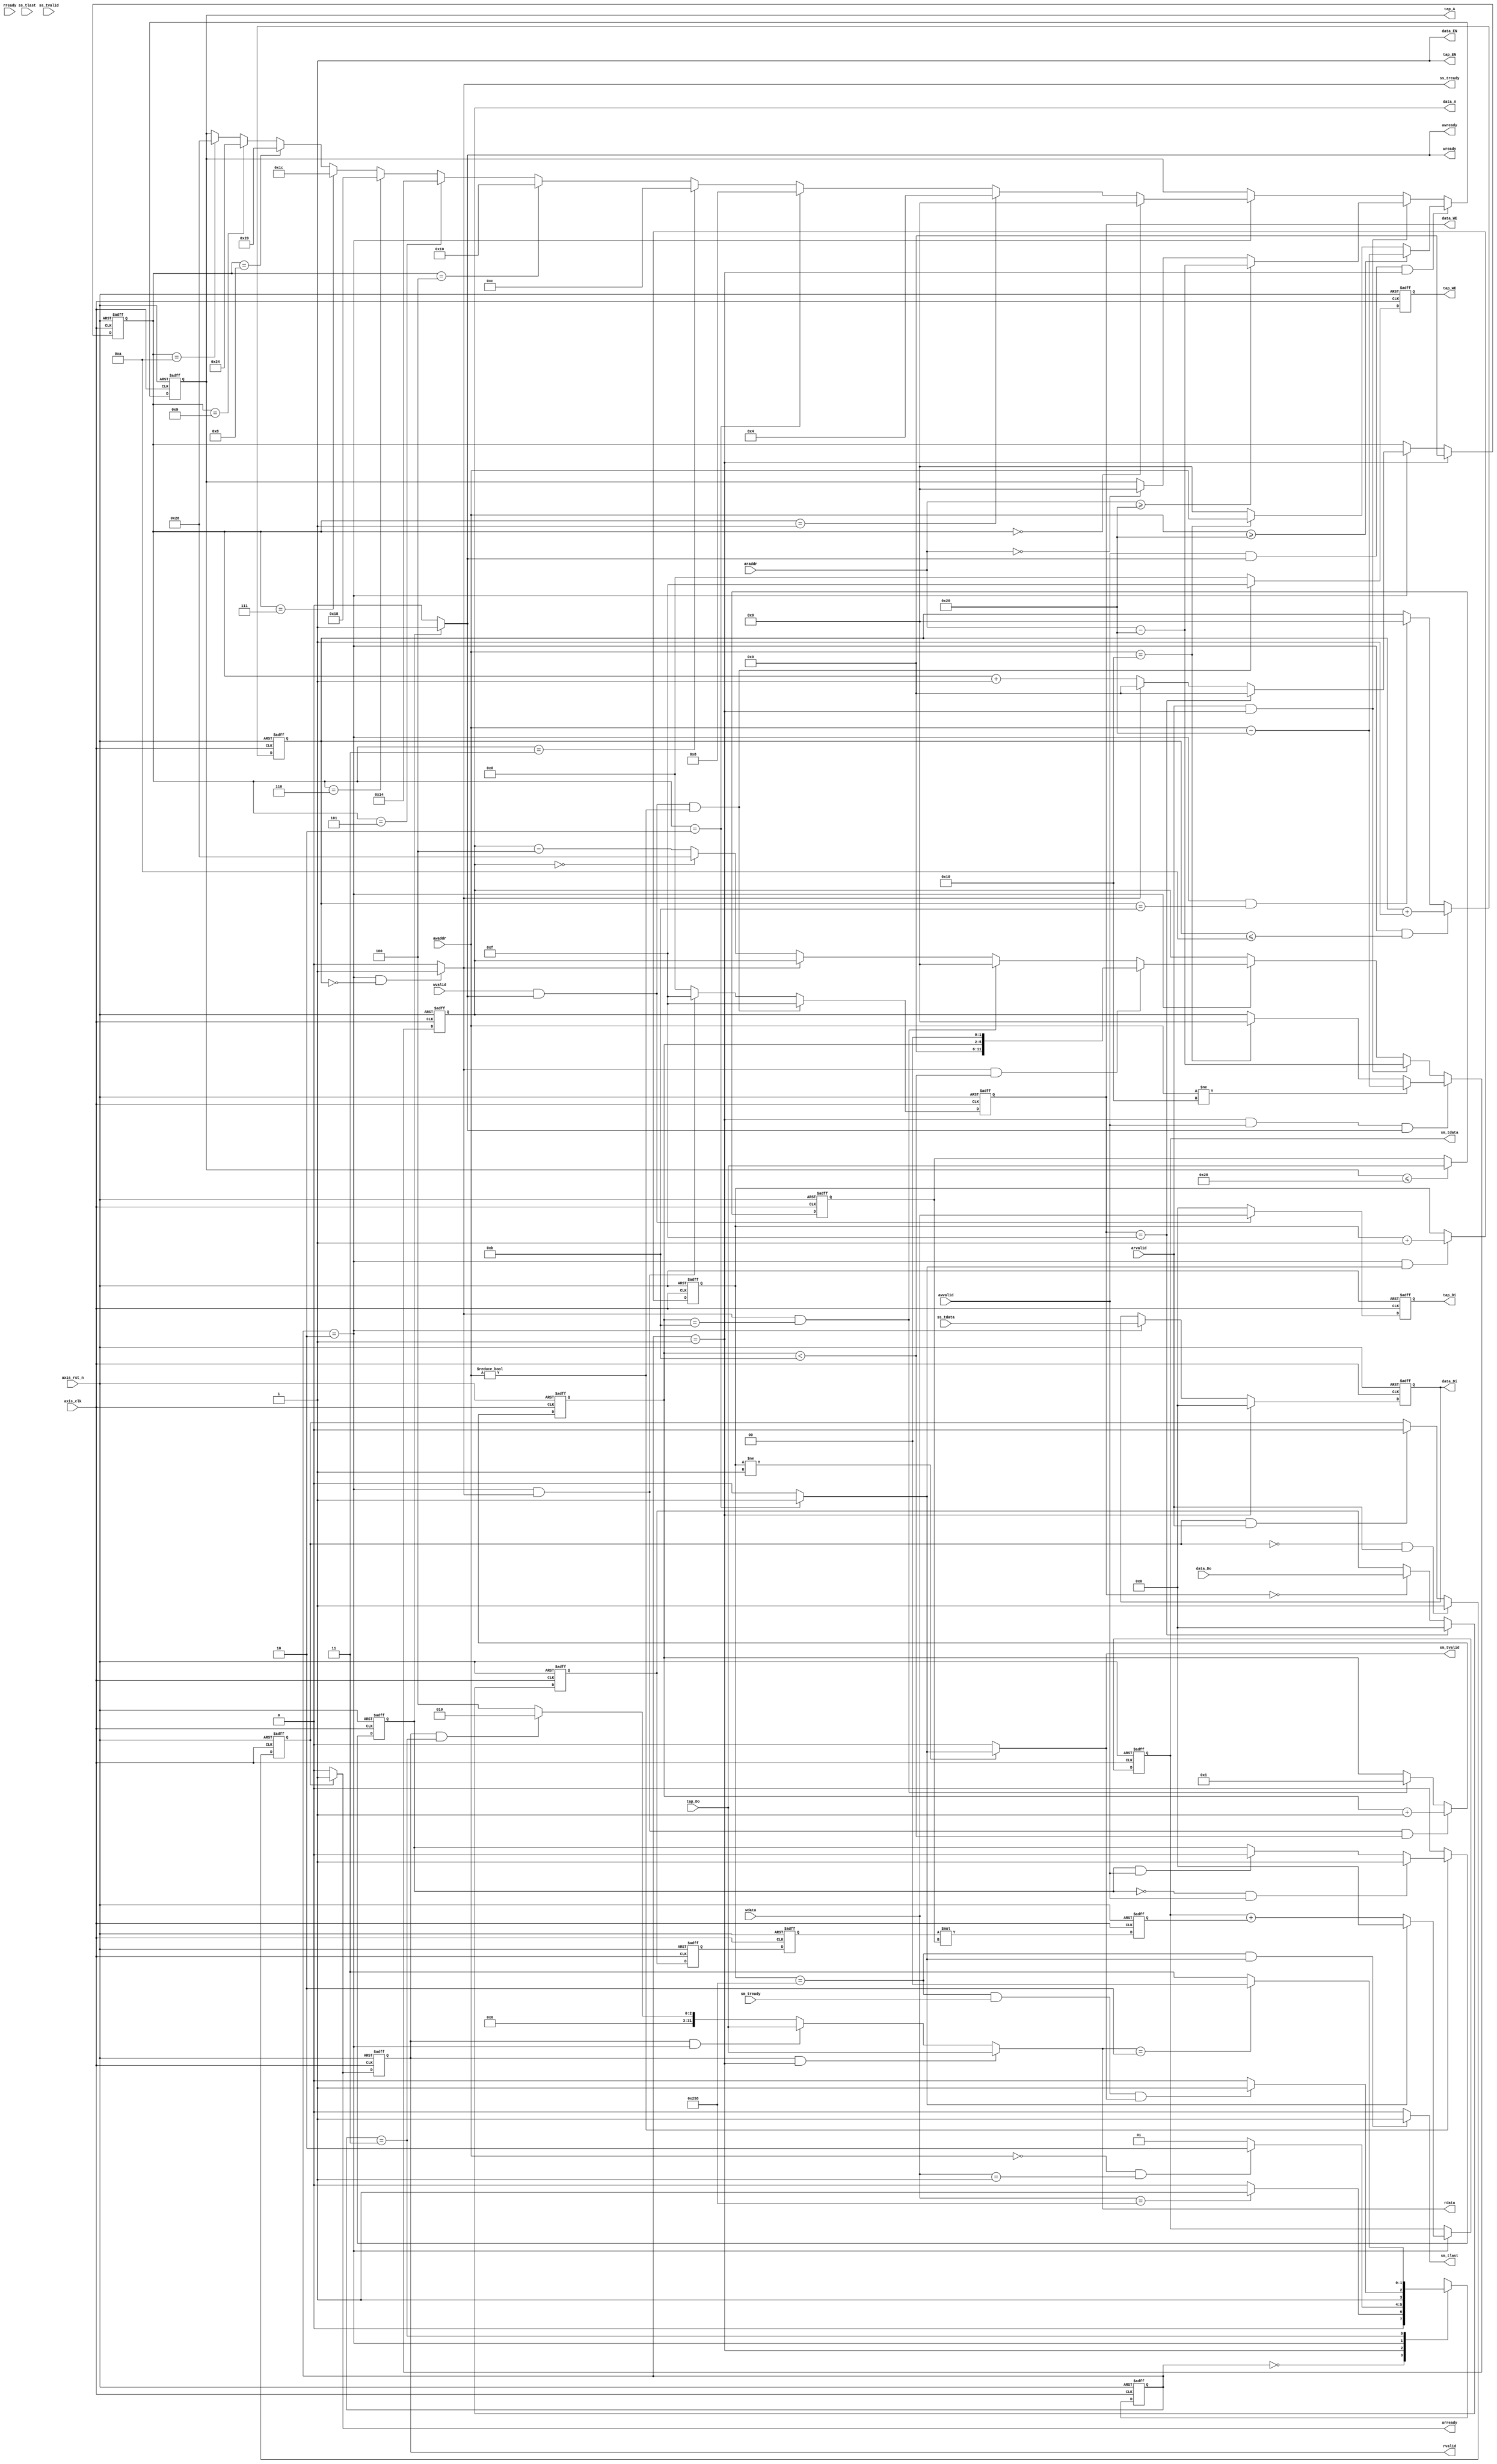
module fir 
#(  parameter pADDR_WIDTH = 12,
    parameter pDATA_WIDTH = 32,
    parameter Tape_Num    = 11
)
(
    
    output  wire                     arready,
    input   wire [(pADDR_WIDTH-1):0] araddr,
    input   wire                     arvalid, 
    output  wire                     rvalid,
    output  wire [(pDATA_WIDTH-1):0] rdata,
    input   wire                     rready,
    
    output  wire                     awready,
    input   wire [(pADDR_WIDTH-1):0] awaddr,
    input   wire                     awvalid,
    output  wire                     wready,
    input   wire                     wvalid,
    input   wire [(pDATA_WIDTH-1):0] wdata,

    output  wire                     ss_tready,
    output  wire                     sm_tvalid, 
    output  wire [(pDATA_WIDTH-1):0] sm_tdata, 
    output  wire                     sm_tlast, 
    input   wire                     ss_tvalid, 
    input   wire [(pDATA_WIDTH-1):0] ss_tdata, 
    input   wire                     ss_tlast, 
    input   wire                     sm_tready, 

    
    // bram for tap RAM
    output  wire [3:0]               tap_WE,
    output  wire                     tap_EN,
    output  wire [(pDATA_WIDTH-1):0] tap_Di,
    output  wire [(pADDR_WIDTH-1):0] tap_A,
    input   wire [(pDATA_WIDTH-1):0] tap_Do,

    // bram for data RAM
    output  wire [3:0]               data_WE,
    output  wire                     data_EN,
    output  wire [(pDATA_WIDTH-1):0] data_Di,
    output  wire [(pADDR_WIDTH-1):0] data_A,
    input   wire [(pDATA_WIDTH-1):0] data_Do,

    input   wire                     axis_clk,
    input   wire                     axis_rst_n
);

reg [(pDATA_WIDTH-1):0] multi_result;
/*
bram11 bram11_axilite(
    .CLK        (axis_clk),
    .WE         (tap_WE),
    .EN         (tap_EN),
    .Di         (tap_Di),
    .Do         (tap_Do),
    .A          (tap_A)
);

bram11 bram11_axistream(
    .CLK        (axis_clk),
    .WE         (data_WE),
    .EN         (data_EN),
    .Di         (data_Di),
    .Do         (data_Do),
    .A          (data_A)
);
*/

/******************FSM*********************/
parameter                   IDLE = 2'b00;
parameter                   COLLECT_TAP = 2'b01;
parameter                   COMPUTE = 2'b10;
parameter                   DONE = 2'b11;
reg     [1:0]               next_state;
reg     [1:0]               current_state;

/******************AXI LITE*********************/
reg                         write_cnt;  
reg [5:0]                   tap_cnt;                                         
reg                         awready_r; 
reg                         wready_r;

reg [(pADDR_WIDTH-1):0]     tap_A_r;
reg [(pDATA_WIDTH-1):0]     tap_Di_r;
reg [3:0]                   tap_WE_r;

reg                         arready_r;
reg                         rvalid_r;


reg     [(pDATA_WIDTH-1):0] data_Di_r;
reg     [(pADDR_WIDTH-1):0] data_A_r;
reg     [3:0]               data_WE_r;

reg     [(pADDR_WIDTH-1):0] compute_cnt;
reg     [3:0]               pattern_cycle;
reg     [9:0]               pattern_number;

reg    [(pDATA_WIDTH-1):0]  Xn_reg1;
reg    [(pDATA_WIDTH-1):0]  Xn_reg2;
reg    [(pDATA_WIDTH-1):0]  coefficient_data;
reg    [(pDATA_WIDTH-1):0]  Xn;
reg    [(pDATA_WIDTH-1):0]  Product;
reg    [(pDATA_WIDTH-1):0]  Yn;
wire                        pattern_done;


/******************FSM*********************/

always @(posedge axis_clk or negedge axis_rst_n) begin
    if(!axis_rst_n) current_state <= IDLE;
    else current_state <= next_state;
end

always @(*) begin
    case(current_state)
        IDLE: begin
            if(wdata == 32'd600) next_state = COLLECT_TAP;
            else next_state = IDLE;
        end
        COLLECT_TAP: begin
            if(awaddr == 12'h000 && wdata == 32'd1) next_state = COMPUTE;
            else next_state = COLLECT_TAP;
        end
        COMPUTE: begin
            if(pattern_number == 600 && sm_tready && sm_tvalid) next_state = DONE;
            else next_state = COMPUTE;
        end
        DONE: begin
            if(rdata == 32'd2) next_state = IDLE;
            else next_state = DONE;
        end
        default:begin
            next_state = IDLE;
        end
    endcase
end

/******************TAP *********************/
assign tap_EN = 1'b1;
assign tap_A = tap_A_r;
assign tap_Di = tap_Di_r;
assign tap_WE = tap_WE_r;

always @(posedge axis_clk or negedge axis_rst_n) begin
    if(~axis_rst_n) tap_cnt <= 6'b000000;
    else if (current_state == COLLECT_TAP) tap_cnt <= 0;
    else if (current_state == COMPUTE) begin
        if (data_WE == 4'b1111) tap_cnt <= 6'b000000;
        else if(ss_tready == 1) tap_cnt <= 6'b000000;
        else tap_cnt <= tap_cnt + 1'b1;
    end
    else tap_cnt <= tap_cnt;
end

always @(posedge axis_clk or negedge axis_rst_n) begin
    if(~axis_rst_n) tap_A_r <= 12'h000;
    else if (awvalid == 1 && awready == 1 && current_state == COLLECT_TAP) begin
        if(awaddr >= 12'h020) tap_A_r <= awaddr - 12'h020;
        else if(awaddr == 12'h010) tap_A_r <= awaddr;
        else tap_A_r <= 12'h000;
    end
    else if (arvalid == 1 && current_state == COLLECT_TAP) begin
        if(araddr >= 12'h020) tap_A_r <= araddr - 12'h020;
        else if(araddr == 12'h000) tap_A_r <= 12'h000;
        else tap_A_r <= tap_A_r;
    end
    else if (current_state == COMPUTE) begin    
        if(tap_cnt == 6'd0) tap_A_r <= 12'h000;
        else if (tap_cnt == 6'd1) tap_A_r <= 12'h004;
        else if (tap_cnt == 6'd2) tap_A_r <= 12'h008; 
        else if (tap_cnt == 6'd3) tap_A_r <= 12'h00C;
        else if (tap_cnt == 6'd4) tap_A_r <= 12'h010;
        else if (tap_cnt == 6'd5) tap_A_r <= 12'h014;
        else if (tap_cnt == 6'd6) tap_A_r <= 12'h018;
        else if (tap_cnt == 6'd7) tap_A_r <= 12'h01C;
        else if (tap_cnt == 6'd8) tap_A_r <= 12'h020;
        else if (tap_cnt == 6'd9) tap_A_r <= 12'h024;
        else if (tap_cnt == 6'd10) tap_A_r <= 12'h028;
        else tap_A_r <= tap_A_r;
    end
    else tap_A_r <= tap_A_r;
end

always @(posedge axis_clk or negedge axis_rst_n) begin
    if(~axis_rst_n) tap_Di_r <= 32'h0000_0000;
    else if (wvalid && wready == 1) tap_Di_r <= wdata;
    else tap_Di_r <= 32'h0000_0000;
end

always @(posedge axis_clk or negedge axis_rst_n) begin
    if(~axis_rst_n) tap_WE_r <= 4'b0000;
    else if ((wvalid && wready == 1) && (awaddr != 12'h000)) tap_WE_r <= 4'b1111;
    else tap_WE_r <= 4'b0000;
end



/******************AXI LITE*********************/
assign rdata =  (rvalid && current_state == COLLECT_TAP)?     tap_Do:
                (rvalid && current_state == COMPUTE)?               tap_Do:
                (rvalid && current_state == DONE)?                  32'd2:32'd4; 

always @(posedge axis_clk or negedge axis_rst_n) begin
    if(~axis_rst_n) write_cnt <= 1'b0;
    else if(awaddr != 12'h000) begin
        if (write_cnt == 1'b0 && awvalid == 1'b1) write_cnt <= 1'b1;
        else if (write_cnt == 1'b1 && awvalid == 1'b1) write_cnt <= 1'b0;
    end
    else write_cnt <= 1'b0;
end

always @(posedge axis_clk or negedge axis_rst_n) begin
    if(~axis_rst_n) read_cnt <= 1'b0;
    else if (read_cnt == 2'b00 && arvalid == 1'b1) read_cnt <= 2'b01;
    else if (read_cnt == 2'b01 && arvalid == 1'b1) read_cnt <= 2'b10;
    else if (read_cnt == 2'b10 && arvalid == 1'b1) read_cnt <= 2'b00;
    else read_cnt <= read_cnt;
end

assign awready = (write_cnt)? 1:0;

assign wready = (write_cnt)? 1:0;

assign arready = (read_cnt == 2'b01)? 1:0; 

assign rvalid = rvalid_r;
always @(posedge axis_clk or negedge axis_rst_n) begin
    if(~axis_rst_n) rvalid_r <= 1'b0;
    else rvalid_r <= arready;
end





/******************DATA*********************/

assign data_Di = data_Di_r;
assign data_A = data_A_r;
assign data_EN = 1'b1;
assign data_WE = data_WE_r;

always @(posedge axis_clk or negedge axis_rst_n) begin
    if(~axis_rst_n) data_WE_r <= 4'b0000;
    else if ((wvalid && wready == 1) && (awaddr != 12'h000)) data_WE_r <= 4'b1111;
    else if(current_state == COMPUTE && ss_tready == 1) data_WE_r <= 4'b1111;
    else data_WE_r <= 4'b0000;
end

always @(posedge axis_clk or negedge axis_rst_n) begin
    if(!axis_rst_n) data_Di_r <= 32'b0;
    else if(current_state == COLLECT_TAP) data_Di_r <= 32'b0;
    else if(current_state == COMPUTE) data_Di_r <= ss_tdata;
    else data_Di_r <= data_Di_r;
end

always @(posedge axis_clk or negedge axis_rst_n) begin
    if(!axis_rst_n) data_A_r <= 12'h000;
    else if (current_state == COLLECT_TAP && awvalid == 1 && awready == 1) begin
        if (awaddr != 12'h010) data_A_r <= awaddr - 12'h020;
        else if (awaddr == 12'h010) data_A_r <= 12'h000;
        else data_A_r <= data_A_r;
    end
    else if(current_state == COLLECT_TAP && arvalid == 1) data_A_r <= araddr - 12'h020;
    else if(current_state == COMPUTE) begin
        if(ss_tready == 1 && pattern_cycle < 12'd11) data_A_r <= (pattern_cycle << 2);    // write data
        else if(ss_tready == 1 && pattern_cycle == 12'd11) data_A_r <= 0;                 // wrtie data
        else if(ss_tready == 0) begin
            if(data_A_r == 12'h000) data_A_r <= 12'h028;                                // read data
            else data_A_r <= data_A_r - 12'h004;
        end
        else data_A_r <= data_A_r;
    end
    else data_A_r <= data_A_r;
end
/****************************************************/
/******************AXI Streaming*********************/

assign ss_tready = (current_state == COMPUTE && compute_cnt == 0)? 1:0;
assign sm_tvalid = (pattern_number != 9'd1)? pattern_done:0;
assign sm_tlast = (pattern_number == 600 && pattern_done == 1)? 1:0;

always @(posedge axis_clk or negedge axis_rst_n) begin
    if(!axis_rst_n) compute_cnt <= 4'd0;
    else if(current_state == COMPUTE && compute_cnt <= 4'd10) compute_cnt <= compute_cnt + 1'b1;
    else if(current_state == COMPUTE && compute_cnt == 4'd11) compute_cnt <= 0;
    else compute_cnt <= compute_cnt;
end

always @(posedge axis_clk or negedge axis_rst_n) begin
    if(!axis_rst_n) pattern_cycle <= 4'd0;
    else if(current_state == COMPUTE && ss_tready == 1 && pattern_cycle < 4'd11) pattern_cycle <= pattern_cycle +4'd1;
    else if (pattern_cycle == 4'd11 && ss_tready == 1) pattern_cycle <= 4'd1;
    else pattern_cycle <= pattern_cycle;
end

always @(posedge axis_clk or negedge axis_rst_n) begin
    if(!axis_rst_n) pattern_number <= 10'd0;
    else if(current_state == COMPUTE && pattern_done == 1'd1) pattern_number <= pattern_number + 10'd1;
    else pattern_number <= pattern_number;
end

/****************************************************/
/******************FIR Calculate*********************/
/****************************************************/
assign pattern_done = (tap_cnt == 2)? 1:0;

assign sm_tdata = Yn;

always @(posedge axis_clk or negedge axis_rst_n) begin
    if(!axis_rst_n) coefficient_data <= 0;
    else if (tap_A <= 12'h028) coefficient_data <= tap_Do;
    else coefficient_data <= coefficient_data;
end

always @(posedge axis_clk or negedge axis_rst_n) begin
    if(!axis_rst_n) Xn_reg1 <= 0;
    else if (data_WE == 4'b1111) Xn_reg1 <= 0;
    else if (data_WE == 4'b0000) Xn_reg1 <= data_Do;
    else Xn_reg1 <= Xn_reg1;
end

always @(posedge axis_clk or negedge axis_rst_n) begin
    if(!axis_rst_n) Xn_reg2 <= 0;
    else if(data_EN == 1) Xn_reg2 <= Xn_reg1;
    else Xn_reg2 <= Xn_reg2;
end

always @(posedge axis_clk or negedge axis_rst_n) begin
    if(!axis_rst_n) Xn <= 0;
    else if(data_EN == 1) Xn <= Xn_reg2;
    else Xn <= Xn;
end

always @(posedge axis_clk or negedge axis_rst_n) begin
    if(!axis_rst_n) Product <= 0;
    else if(data_EN == 1) Product <= Xn * coefficient_data;
    else Product <= Product;
end

always @(posedge axis_clk or negedge axis_rst_n) begin
    if(!axis_rst_n) Yn <= 0;
    else if (data_EN == 1 && current_state == COMPUTE) begin
        if (pattern_done == 0) Yn <= Yn + Product;
        else if (pattern_done == 1) Yn <= 0;
        else Yn <= Yn;
    end
    else Yn <= Yn;
end
endmodule